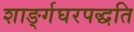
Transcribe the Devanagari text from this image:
शाङ्‌र्गघरपद्धति